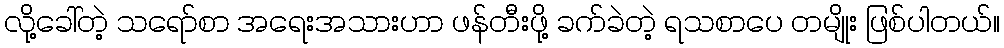
လို့ခေါ်တဲ့ သရော်စာ အရေးအသားဟာ ဖန်တီးဖို့ ခက်ခဲတဲ့ ရသစာပေ တမျိုး ဖြစ်ပါတယ်။